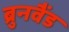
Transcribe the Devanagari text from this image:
ब्रुनवैंड